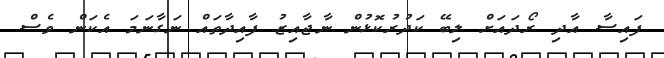
ފައިސާ އާދި ރޯދައަށް ލިބޭ ކަދުރުކޮޅުން ނާޖާއިޒު ފާއިދާތައް ނަގާނަމަ އެކަން ވެސް